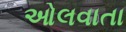
ઓલવાતા